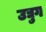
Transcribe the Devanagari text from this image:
उद्युग